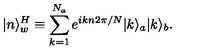
| n \rangle _ { w } ^ { H } \equiv \sum _ { k = 1 } ^ { N _ { a } } e ^ { i k n 2 \pi / N } | k \rangle _ { a } | k \rangle _ { b } .